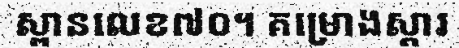
ស្ពានលេខ៧០។ គម្រោងស្តារ